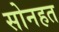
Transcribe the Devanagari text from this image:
सोनहत